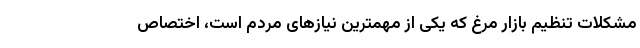
مشکلات تنظیم بازار مرغ که یکی از مهمترین نیازهای مردم است، اختصاص